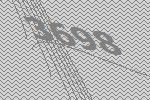
3698